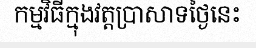
កម្មវិធីក្មុងវត្តប្រាសាទថ្ងៃនេះ